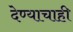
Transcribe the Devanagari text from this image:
देण्याचाही